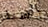
حسنا